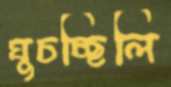
ঘুচচ্ছিলি